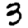
Digit: 3